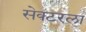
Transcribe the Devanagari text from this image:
सेक्‍टरला